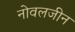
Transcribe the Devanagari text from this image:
नोवलजीन